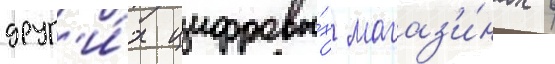
друг'и́х цифровы́х магаз'и́нах в